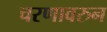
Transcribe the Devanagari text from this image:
चरणावरुन